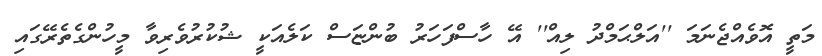
މަތީ އޮވެއްޖެނަމަ ''އަލްޙަމްދު ލިއް'' އޭ ހާސްފަހަރު ބުންޏަސް ކަލެއަކީ ޝުކުރުވެރިވާ މީހުންގެތެރޭގައި